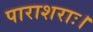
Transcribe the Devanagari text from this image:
पाराशराः।